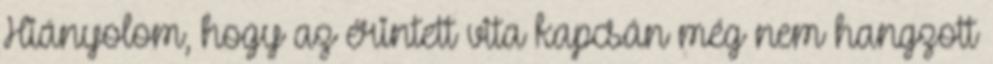
Hiányolom, hogy az érintett vita kapcsán még nem hangzott